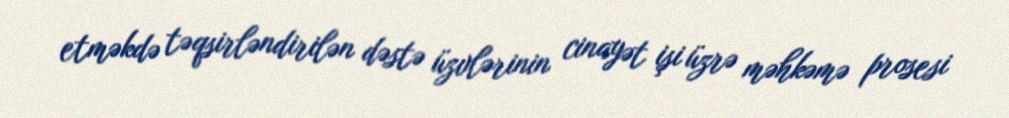
etməkdə təqsirləndirilən dəstə üzvlərinin cinayət işi üzrə məhkəmə prosesi